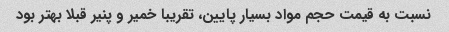
نسبت به قیمت حجم مواد بسیار پایین، تقریبا خمیر و پنیر قبلا بهتر بود